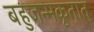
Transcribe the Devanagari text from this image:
बहुजन्मकृतात्